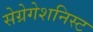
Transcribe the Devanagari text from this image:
सेग्रेगेशनिस्ट